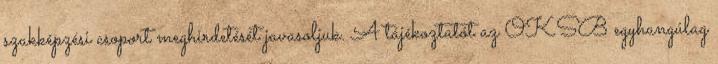
szakképzési csoport meghirdetését javasoljuk. A tájékoztatót az OKSB egyhangúlag